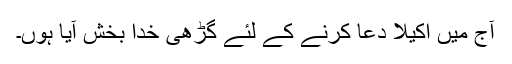
آج میں اکیلا دعا کرنے کے لئے گڑھی خدا بخش آیا ہوں۔